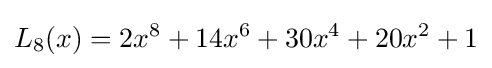
L_{8}(x)=2x^{8}+14x^{6}+30x^{4}+20x^{2}+1